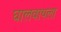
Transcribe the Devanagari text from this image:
घालवायला